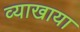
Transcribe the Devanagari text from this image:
व्याखाया